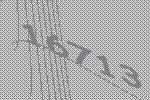
16713